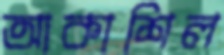
আকাশিল